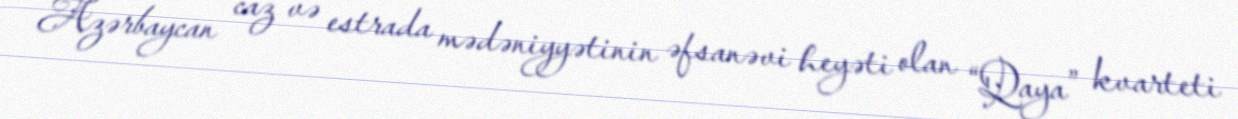
Azərbaycan caz və estrada mədəniyyətinin əfsanəvi heyəti olan “Qaya” kvarteti